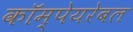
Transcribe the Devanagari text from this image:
कॉम्पेयरेबल